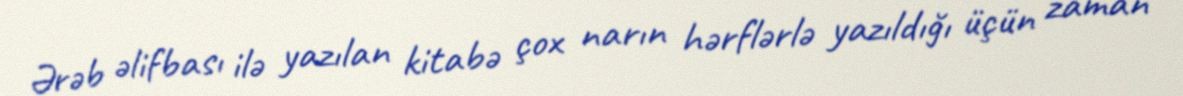
Ərəb əlifbası ilə yazılan kitabə çox narın hərflərlə yazıldığı üçün zaman